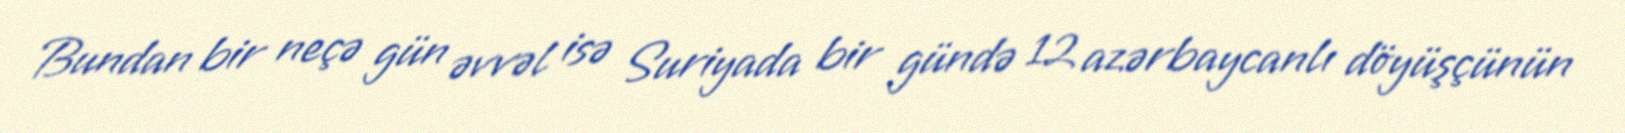
Bundan bir neçə gün əvvəl isə Suriyada bir gündə 12 azərbaycanlı döyüşçünün